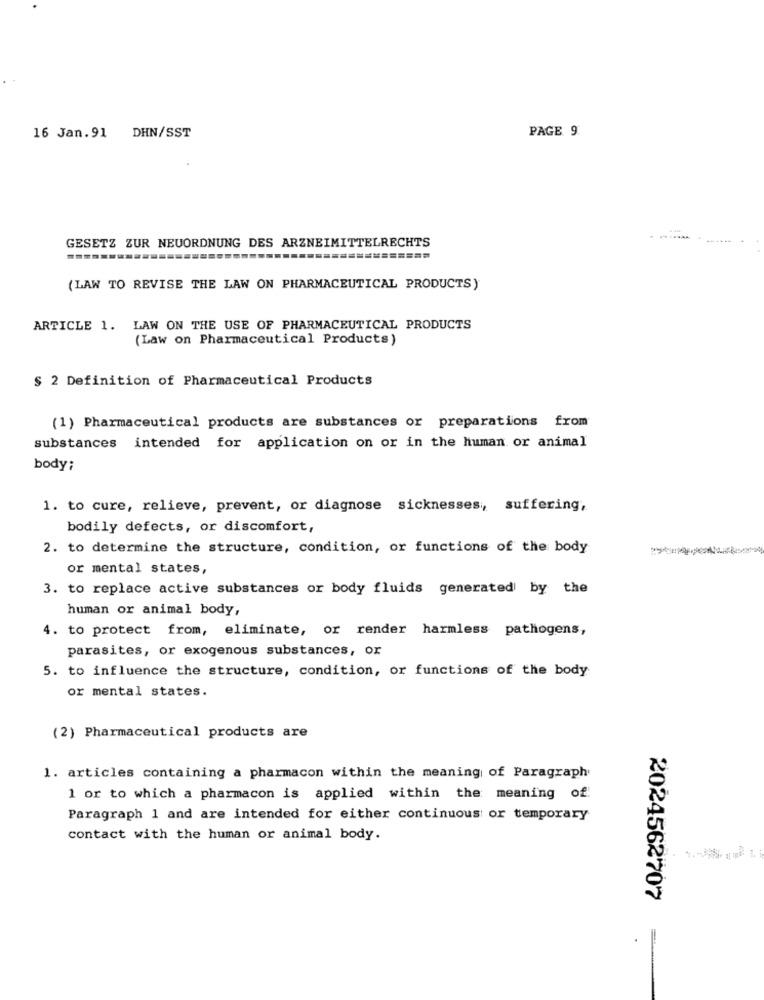
PAGE 9
16 Jan. 91 DHN/SST
GESETZ ZUR NEUORDNUNG DES ARZNEIMITTELRECHTS
========
(LAW TO REVISE THE LAW ON PHARMACEUTICAL PRODUCTS)
ARTICLE 1. LAW ON THE USE OF PHARMACEUTICAL PRODUCTS
(Law on Pharmaceutical Products)
§ 2 Definition of Pharmaceutical Products
(1) Pharmaceutical products are substances or preparations from
substances intended for application on or in the human or animal
body;
1. to cure, relieve, prevent, or diagnose sicknesses, suffering,
bodily defects, or discomfort,
2. to determine the structure, condition, or functions of the body
or mental states,
3. to replace active substances or body fluids generated by the
human or animal body,
4. to protect from, eliminate, or render harmless pathogens,
parasites, or exogenous substances, or
5. to influence the structure, condition, or functions of the body
or mental states.
(2) Pharmaceutical products are
1. articles containing a pharmacon within the meaning of Paragraph
1 or to which a pharmacon is applied within the meaning of
Paragraph 1 and are intended for either continuous or temporary
contact with the human or animal body.
2024562707
=